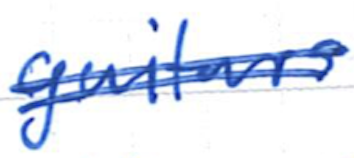
Text: guitars
Cross-out: double-line
Writing tool: ballpoint